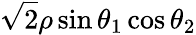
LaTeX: \sqrt{2}\rho\sin\theta_{1}\cos\theta_{2}